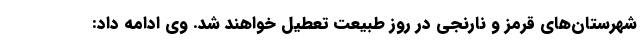
شهرستان‌های قرمز و نارنجی در روز طبیعت تعطیل خواهند شد. وی ادامه داد: